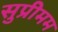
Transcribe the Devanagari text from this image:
सुप्रीमम